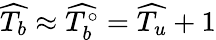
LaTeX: \widehat{T_{b}}\approx\widehat{T_{b}^{\circ}}=\widehat{T_{u}}+1